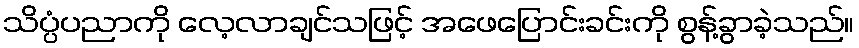
သိပ္ပံပညာကို လေ့လာချင်သဖြင့် အဖေပြောင်းခင်းကို စွန့်ခွာခဲ့သည်။